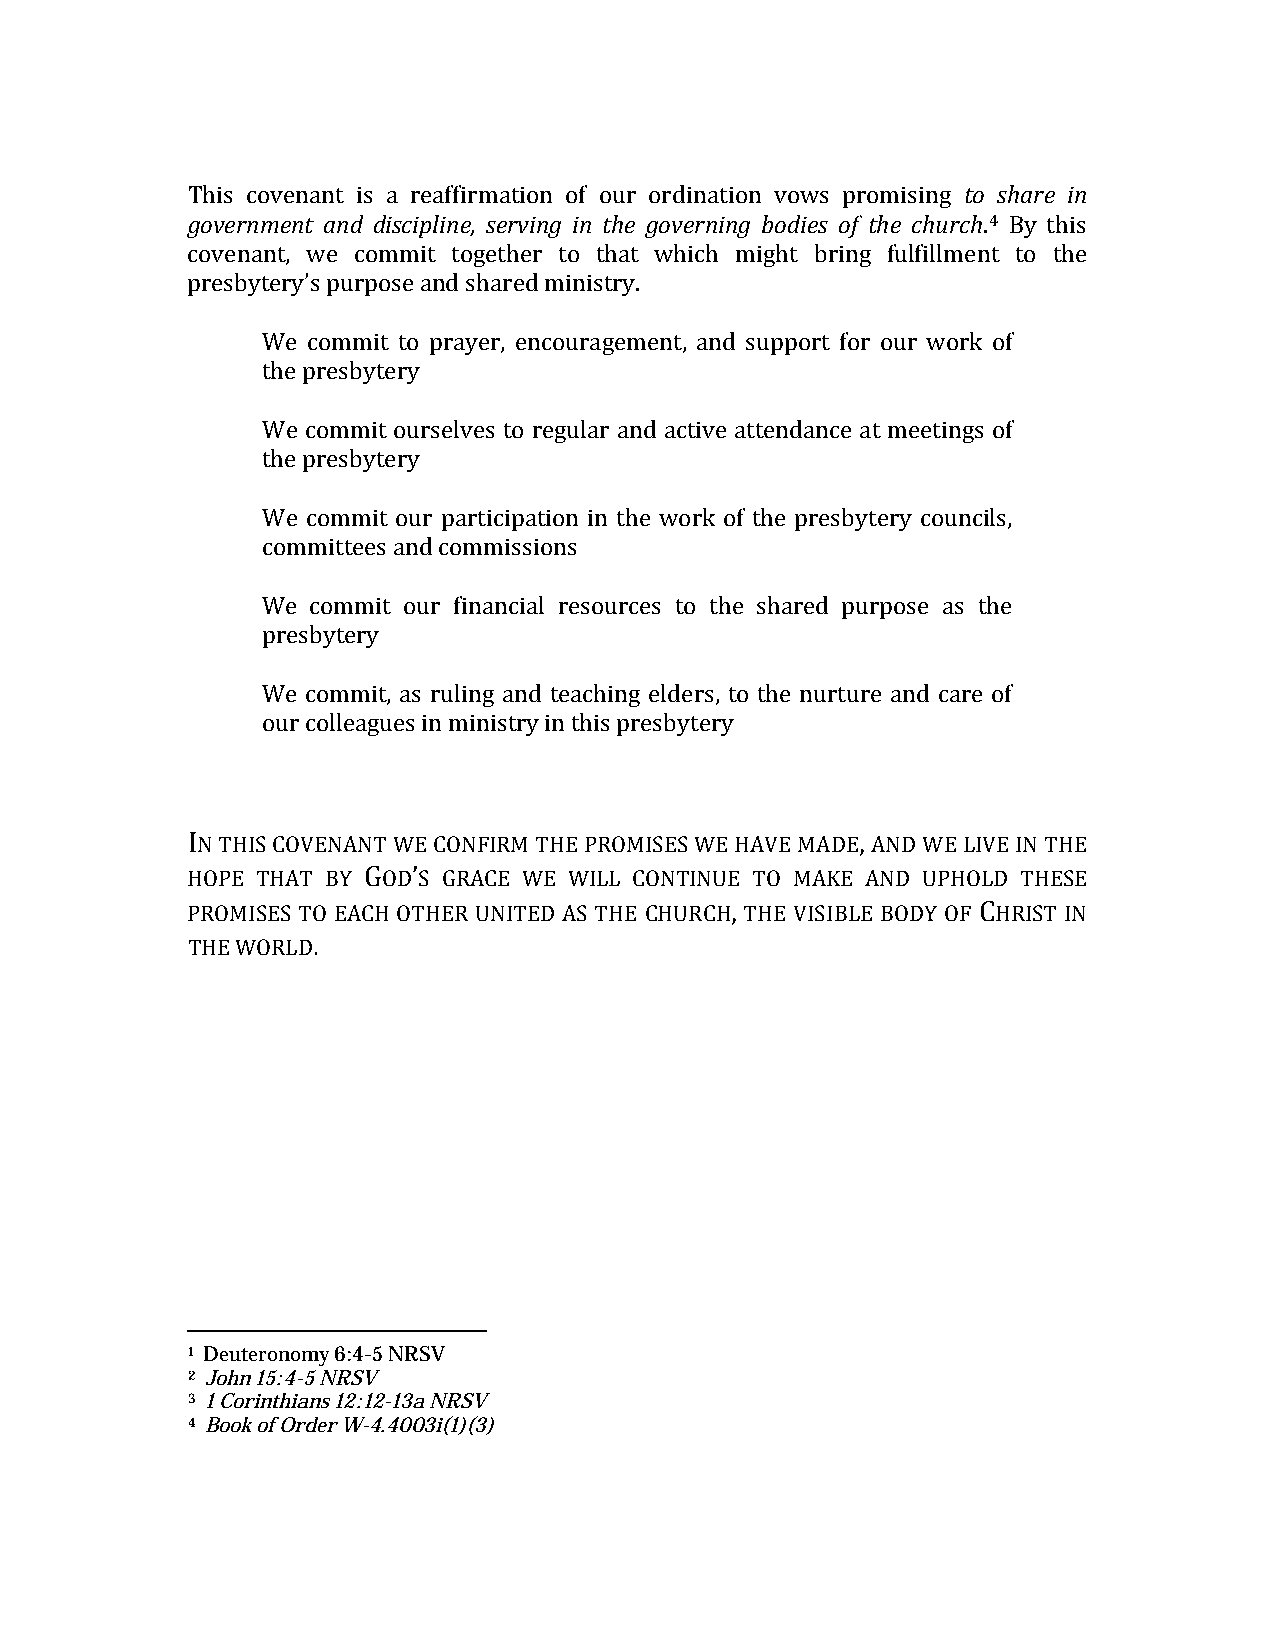
This covenant is a reaffirmation of our ordination vows promising to share in
 government and discipline, serving in the governing bodies of the church.4 By this
 covenant, we commit together to that which might bring fulfillment to the
 presbytery’s purpose and shared ministry.
 We commit to prayer, encouragement, and support for our work of
 the presbytery
 We commit ourselves to regular and active attendance at meetings of
 the presbytery
 We commit our participation in the work of the presbytery councils,
 committees and commissions
 We  commit our financial resources to the shared purpose as the
 presbytery
 We commit, as ruling and teaching elders, to the nurture and care of
 our colleagues in ministry in this presbytery
 IN THIS COVENANT WE CONFIRM THE PROMISES WE HAVE MADE, AND WE LIVE IN THE
 HOPE THAT BY GOD’S GRACE WE WILL CONTINUE TO MAKE AND UPHOLD THESE
 PROMISES TO EACH OTHER UNITED AS THE CHURCH, THE VISIBLE BODY OF CHRIST IN
 THE WORLD.
 1 Deuteronomy 6:4-5 NRSV
 2 John 15:4-5 NRSV
 3 1 Corinthians 12:12-13a NRSV
 4 Book of Order W-4.4003i(1)(3)